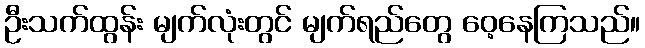
ဦးသက်ထွန်း မျက်လုံးတွင် မျက်ရည်တွေ ဝေ့နေကြသည်။